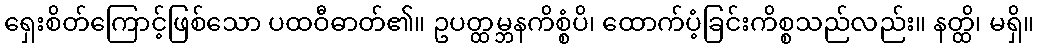
ရှေးစိတ်ကြောင့်ဖြစ်သော ပထဝီဓာတ်၏။ ဥပတ္ထမ္ဘနကိစ္စံပိ၊ ထောက်ပံ့ခြင်းကိစ္စသည်လည်း။ နတ္ထိ၊ မရှိ။